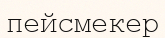
пейсмекер